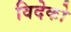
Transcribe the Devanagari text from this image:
विदेको